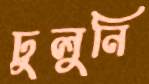
ঢুলুনি